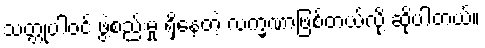
သတ္တုပါဝင် ဖွဲ့စည်းမှု ရှိနေတဲ့ လက္ခဏာဖြစ်တယ်လို့ ဆိုပါတယ်။